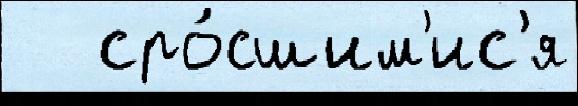
   сро́сшим'ис'я